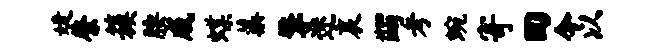
婕綮簇腰戚蝶蕖擎迷哀蠲考蜿寄回今以